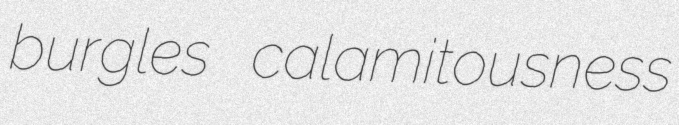
burgles calamitousness